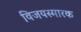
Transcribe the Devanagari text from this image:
विजयस्मारक